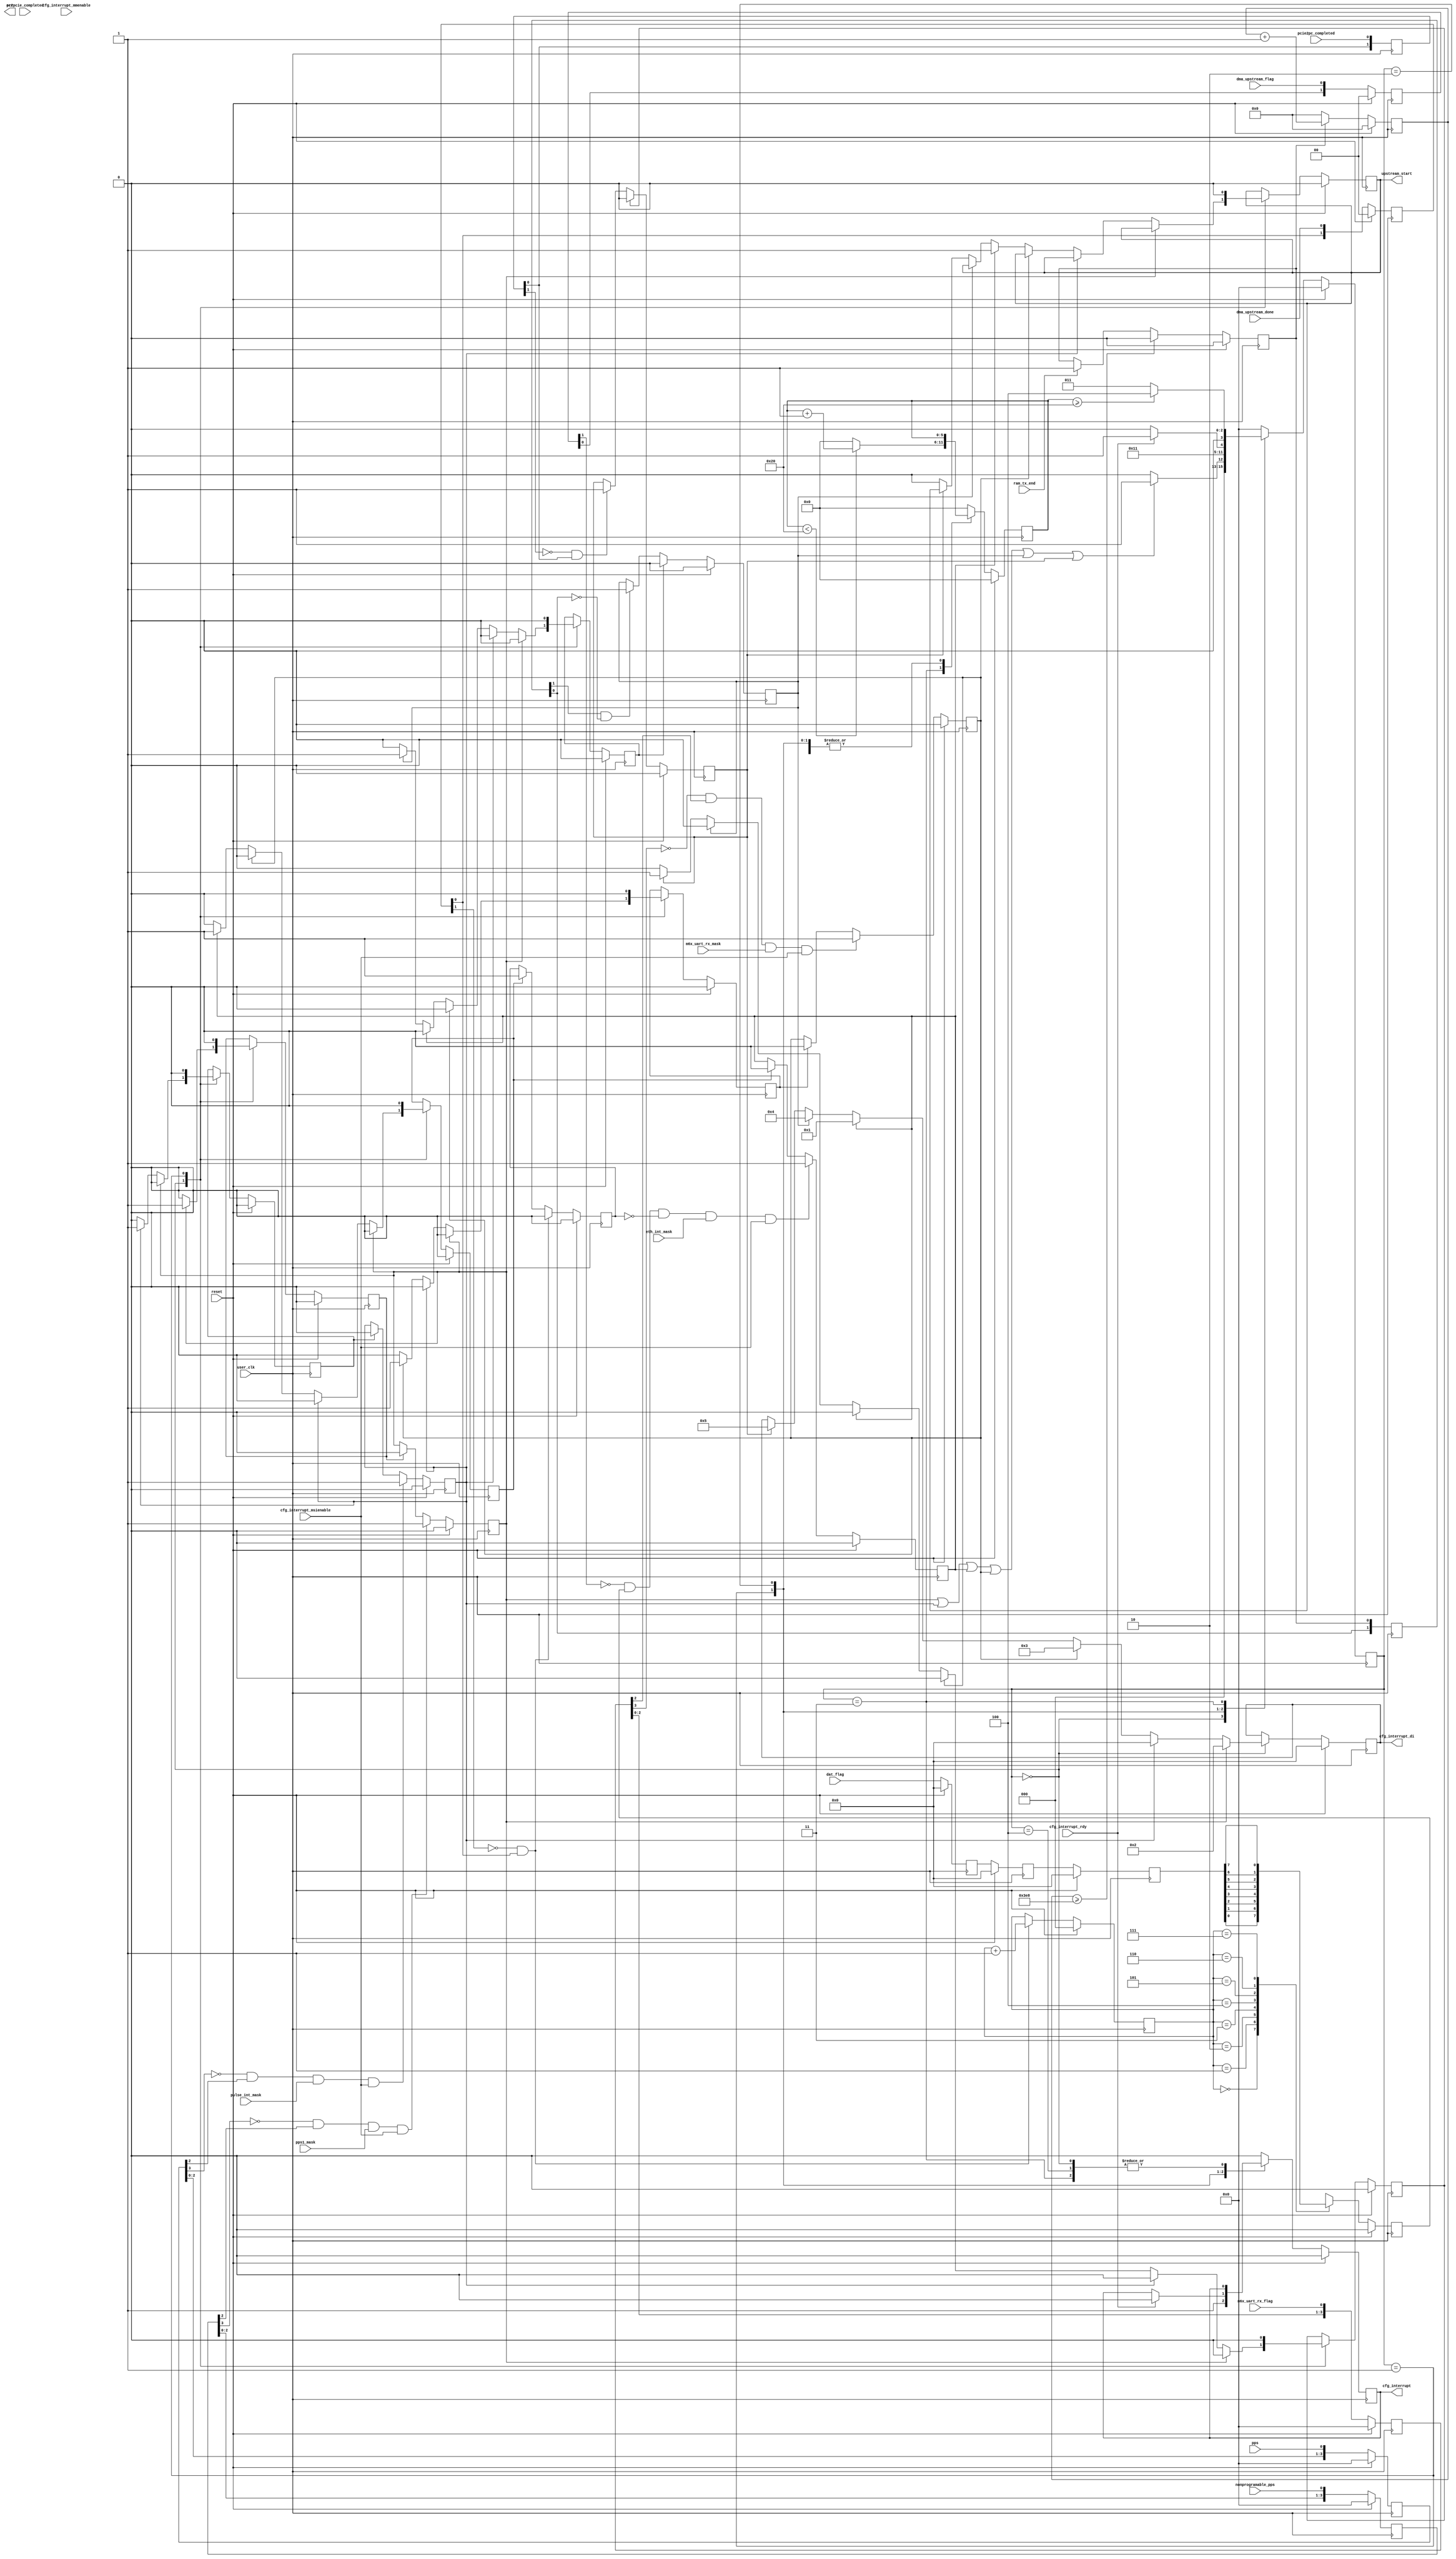
module msi_gen(
				input		    user_clk,
				input		    reset,

                input           pulse_int_mask,
                input           eth_int_mask,  
                input           pps1_mask,    
                input           m6x_uart_rx_mask,    

                input           nonprogramable_pps,    
                input           pps,
                input           m6x_uart_rx_flag,
                
				input [7:0]     dat_flag,
                input           dma_upstream_done,
                input           dma_upstream_flag,
                output reg      upstream_start,
                
                //
					 
                input				ram_tx_end,	/*DEBUG*/
					 
					 
                input           pc2pcie_completed,  //
                input           pcie2pc_completed,  //
                
                //int
                output reg      err,
                input [2:0]     cfg_interrupt_mmenable,
                input           cfg_interrupt_msienable,
                
                output reg      cfg_interrupt,
                input           cfg_interrupt_rdy,
                output reg[7:0] cfg_interrupt_di
				);
                
parameter   PPS_INT_VEC = 8'd0;     //INT 1           
parameter   ETH_DAT_VEC = 8'd1;     //INT 2 Not used for now
parameter   NONPROG_PPS = 8'd2;     //INT 3 nonprogrammable pps interrupt
parameter   M6X_UART_RX = 8'd3;     //INT 4 M6X uart configuration data ( upstream ) 

parameter   DAT2PCIE_END  = 8'd4;   //INT 5 mac downstream completed 
parameter   DAT2PC_END    = 8'd5;   //INT 6 mac upstream completed


reg [7:0]       dat_flag_r;
reg [7:0]       dat_flag_rr;
reg [7:0]       dat_flag_rrr;   

reg [1:0]       dmawr_done; 
reg [1:0]       dmawr_flag;       

reg [2:0]       ram_ptr;
reg             intr_meet;
reg             dat_rdy;
reg             intr_do; 

wire            int_rdy; 

reg [3:0]       pps_r;    

reg [7:0]       pps_vector;
reg [7:0]       dat_vector;

reg [7:0]       vector_num;


// always  @(posedge user_clk) begin
    // if( reset == 1'b1 )
        // vector_num      <= 8'd1;
    // else
        // vector_num      <= vector_num << cfg_interrupt_mmenable;
// end    
    
// always  @(posedge user_clk) begin
    // if( reset == 1'b1 ) begin
        // pps_vector      <= 8'd0;
        // dat_vector      <= 8'd1;
        // err             <= 1'b0;
    // end
    // else if( ( vector_num >= 8'd2 ) && ( cfg_interrupt_msienable == 1'b1 )) begin
        // pps_vector      <= 8'd0;
        // dat_vector      <= 8'd1;
        // err             <= 1'b0;
    // end
    // else begin
        // err             <= 1'b1;
    // end
// end
   

always  @(posedge user_clk) begin
    if( reset == 1'b1 ) begin
        dat_flag_r      <= 8'h0;
        dat_flag_rr     <= 8'h0;
        dat_flag_rrr    <= 8'h0;
    end    
    else begin
        dat_flag_r      <= dat_flag;
        dat_flag_rr     <= dat_flag_r;
        dat_flag_rrr    <= dat_flag_rr;
    end    
end

always  @(posedge user_clk) begin
    if( reset == 1'b1 ) 
        dmawr_done      <= 2'b0;
    else
        dmawr_done      <= {dmawr_done[0],dma_upstream_done};
end    

always  @(posedge user_clk) begin
    if( reset == 1'b1 ) 
        dmawr_flag      <= 2'b0;
    else
        dmawr_flag      <= {dmawr_flag[0],dma_upstream_flag};   //indicate that DMA upstream had been done
end

always  @(posedge user_clk) begin
    if( reset == 1'b1 )
        ram_ptr      <= 3'd0;
    else if( ~dmawr_done[1] & dmawr_done[0] )
        ram_ptr      <= ram_ptr + 1'b1;
    else
        ram_ptr      <= ram_ptr;
end

always  @(posedge user_clk) begin
    if( reset == 1'b1 )
        dat_rdy             <= 1'b0;
    else begin
        case( ram_ptr )
            3'd0 : dat_rdy  <= dat_flag_rrr[0];
            3'd1 : dat_rdy  <= dat_flag_rrr[1];
            3'd2 : dat_rdy  <= dat_flag_rrr[2];
            3'd3 : dat_rdy  <= dat_flag_rrr[3];
            3'd4 : dat_rdy  <= dat_flag_rrr[4];
            3'd5 : dat_rdy  <= dat_flag_rrr[5];
            3'd6 : dat_rdy  <= dat_flag_rrr[6];
            3'd7 : dat_rdy  <= dat_flag_rrr[7];
            default : dat_rdy  <= dat_flag_rrr[0];
        endcase
    end
end    

always  @(posedge user_clk) begin
    if( reset == 1'b1 )
        intr_do         <= 1'b0;
    else if( ~dmawr_done[1] & dmawr_done[0] )
        intr_do         <= 1'b0;
    else if( dat_intr_clr == 1'b1 )
        intr_do         <= 1'b1;
    else
        intr_do         <= intr_do;
end    

always  @(posedge user_clk) begin
    if( reset == 1'b1 )
        intr_meet   <= 1'b0;
    else if( ~dmawr_flag[1] & dat_rdy & ~intr_do & eth_int_mask & cfg_interrupt_msienable )
        intr_meet   <= 1'b1;
    else if( dat_intr_clr == 1'b1 )
        intr_meet   <= 1'b0;
    else
        intr_meet   <= intr_meet;
end  

//programmable pps 
always  @(posedge user_clk) begin
    if( reset == 1'b1 )
        pps_r       <= 4'b0;
    else
        pps_r       <= { pps_r[2:0],pps};
end

reg     pps_intr;

always  @(posedge user_clk) begin
    if( reset == 1'b1 )
        pps_intr    <= 1'b0;
    else if( ~pps_r[3] & pps_r[2] & pulse_int_mask & cfg_interrupt_msienable )
        pps_intr    <= 1'b1;
    else if( pps_intr_clr == 1'b1 )
        pps_intr    <= 1'b0;
    else
        pps_intr    <= pps_intr;
end      

//nonprogramable pps
reg [3:0]   nonprogramable_pps_r;
reg         pps1_intr;
reg         pps1_intr_clr;

always  @(posedge user_clk) begin
    if( reset == 1'b1 )
        nonprogramable_pps_r       <= 4'b0;
    else
        nonprogramable_pps_r       <= { nonprogramable_pps_r[2:0],nonprogramable_pps};
end

always  @(posedge user_clk) begin
    if( reset == 1'b1 )
        pps1_intr    <= 1'b0;
    else if(    ~nonprogramable_pps_r[3] & nonprogramable_pps_r[2] & 
                pps1_mask & cfg_interrupt_msienable )
        pps1_intr    <= 1'b1;
    else if( pps1_intr_clr == 1'b1 )
        pps1_intr    <= 1'b0;
    else
        pps1_intr    <= pps1_intr;
end 

reg [3:0]   m6x_uart_rx_flag_r;
reg         m6x_uart_rx_intr;
reg         m6x_uart_rx_intr_clr;
  
always  @(posedge user_clk) begin
    if( reset == 1'b1 )
        m6x_uart_rx_flag_r       <= 4'b0;
    else
        m6x_uart_rx_flag_r       <= { m6x_uart_rx_flag_r[2:0],m6x_uart_rx_flag};
end

always  @(posedge user_clk) begin
    if( reset == 1'b1 )
        m6x_uart_rx_intr    <= 1'b0;
    else if(    ~m6x_uart_rx_flag_r[3] & m6x_uart_rx_flag_r[2] & 
                m6x_uart_rx_mask & cfg_interrupt_msienable )
        m6x_uart_rx_intr    <= 1'b1;
    else if( m6x_uart_rx_intr_clr == 1'b1 )
        m6x_uart_rx_intr    <= 1'b0;
    else
        m6x_uart_rx_intr    <= m6x_uart_rx_intr;
end 
  
//assign  int_rdy = ( int_cs == INT_IDLE ) ? 1'b1 : 1'b0;

//2018 0610
reg [1:0]       pc2pcie_completed_r;
reg             pc2pcie_msi_clr;
reg             pc2pcie_intr;

reg [1:0]       pcie2pc_completed_r;
reg             pcie2pc_msi_clr;
reg             pcie2pc_intr;


//debug
reg         debug_dly_en;
reg [9:0]   dly_cnt;

always  @(posedge user_clk) begin
    if( reset == 1'b1 )
		debug_dly_en        <= 1'b0;
    else if( dly_cnt >= 10'd1000 )
        debug_dly_en        <= 1'b0;
    else if( ram_tx_end == 1'b1 ) 
        debug_dly_en        <= 1'b1;
    else
        debug_dly_en        <= debug_dly_en;
end

always  @(posedge user_clk) begin
    if( reset == 1'b1 )
        dly_cnt     <= 10'd0;
    else if( debug_dly_en == 1'b1 )
        dly_cnt     <= dly_cnt + 1'b1;
    else
        dly_cnt     <= 10'd0;
end    

always  @(posedge user_clk) begin
        pc2pcie_completed_r     <= {pc2pcie_completed_r[0] , debug_dly_en };//;pc2pcie_completed};
end

always  @(posedge user_clk) begin
        pcie2pc_completed_r     <= {pcie2pc_completed_r[0] , pcie2pc_completed};
end

always  @(posedge user_clk) begin
    if( reset == 1'b1 )
        pc2pcie_intr    <= 1'b0;
    else if( pc2pcie_msi_clr == 1'b1 )
        pc2pcie_intr    <= 1'b0;
    else if( pc2pcie_completed_r[1] & ~pc2pcie_completed_r[0] )    
    //else if( ~pc2pcie_completed_r[1] & pc2pcie_completed_r[0] )
        pc2pcie_intr    <= 1'b1;
    else
        pc2pcie_intr    <= pc2pcie_intr;
end

always  @(posedge user_clk) begin
    if( reset == 1'b1 )
        pcie2pc_intr    <= 1'b0;
    else if( pcie2pc_msi_clr == 1'b1 )
        pcie2pc_intr    <= 1'b0;
    else if( ~pcie2pc_completed_r[1] & pcie2pc_completed_r[0] )
        pcie2pc_intr    <= 1'b1;
    else
        pcie2pc_intr    <= pcie2pc_intr;
end

//assign  cfg_interrupt_di = 8'h0;
wire        intr_send_en ;

assign      intr_send_en = pps1_intr | pps_intr | intr_meet | m6x_uart_rx_intr | pc2pcie_intr | pcie2pc_intr;    

    
parameter   INT_IDLE    =   4'd0,
            INT_GEN     =   4'd1,
            INT_GRANT   =   4'd2,
            INT_DLY     =   4'd3,
            INT_DONE    =   4'd4;

reg [3:0]   int_cs;  

reg         dat_intr_clr; 
reg         pps_intr_clr;   

reg [5:0]   intdly_cnt;     
            
always  @(posedge user_clk) begin
    if( reset == 1'b1 ) begin
        cfg_interrupt           <= 1'b0;
        cfg_interrupt_di        <= 8'd0;
        
        dat_intr_clr            <= 1'b0;
        pps_intr_clr            <= 1'b0;
        pps1_intr_clr           <= 1'b0;
        m6x_uart_rx_intr_clr    <= 1'b0;
        
        pc2pcie_msi_clr         <= 1'b0;
        pcie2pc_msi_clr         <= 1'b0;
        
        upstream_start          <= 1'b0;
        
        intdly_cnt              <= 6'd0;
        
        int_cs                  <= INT_IDLE;
    end
    else begin
        case( int_cs )
            INT_IDLE : begin
                if( pps1_intr == 1'b1 ) begin
                    pps1_intr_clr           <= 1'b1;
                    dat_intr_clr            <= 1'b0;
                    pps_intr_clr            <= 1'b0;
                    m6x_uart_rx_intr_clr    <= 1'b0;
                    pc2pcie_msi_clr         <= 1'b0;
                    pcie2pc_msi_clr         <= 1'b0;
                    
                    cfg_interrupt_di        <= NONPROG_PPS;
                end
                else if( pps_intr == 1'b1 ) begin
                    pps_intr_clr            <= 1'b1;
                    dat_intr_clr            <= 1'b0;
                    pps1_intr_clr           <= 1'b0;
                    m6x_uart_rx_intr_clr    <= 1'b0;
                    pc2pcie_msi_clr         <= 1'b0;
                    pcie2pc_msi_clr         <= 1'b0;
                    
                    cfg_interrupt_di        <= PPS_INT_VEC;//pps_vector;
                end
                else if( m6x_uart_rx_intr == 1'b1 ) begin
                    m6x_uart_rx_intr_clr    <= 1'b1;
                    dat_intr_clr            <= 1'b0;
                    pps_intr_clr            <= 1'b0;
                    pps1_intr_clr           <= 1'b0;
                    pc2pcie_msi_clr         <= 1'b0;
                    pcie2pc_msi_clr         <= 1'b0;
                    
                    cfg_interrupt_di        <= M6X_UART_RX;//m6x_uart_rx_vector;
                end       
                else if( intr_meet == 1'b1 ) begin
                    dat_intr_clr            <= 1'b1;
                    pps_intr_clr            <= 1'b0;
                    pps1_intr_clr           <= 1'b0;
                    m6x_uart_rx_intr_clr    <= 1'b0;
                    pc2pcie_msi_clr         <= 1'b0;
                    pcie2pc_msi_clr         <= 1'b0;
                    
                    upstream_start          <= 1'b1;
                    
                    cfg_interrupt_di        <= ETH_DAT_VEC; //When mac data received from M6X
                end                 
                else if( pc2pcie_intr == 1'b1 ) begin
                    pc2pcie_msi_clr         <= 1'b1;
                    dat_intr_clr            <= 1'b0;
                    pps_intr_clr            <= 1'b0;
                    pps1_intr_clr           <= 1'b0;
                    m6x_uart_rx_intr_clr    <= 1'b0;
                    pcie2pc_msi_clr         <= 1'b0;
                    cfg_interrupt_di        <=  DAT2PCIE_END;   //Downstream completed
                end  
                else if( pcie2pc_intr == 1'b1 ) begin
                    pcie2pc_msi_clr         <= 1'b1;
                    dat_intr_clr            <= 1'b0;
                    pps_intr_clr            <= 1'b0;
                    pps1_intr_clr           <= 1'b0;
                    m6x_uart_rx_intr_clr    <= 1'b0;
                    pc2pcie_msi_clr         <= 1'b0;
                    cfg_interrupt_di        <=  DAT2PC_END; // upsteam completed
                end                
                else begin
                    upstream_start          <= 1'b0;
                    dat_intr_clr            <= 1'b0;
                    pps_intr_clr            <= 1'b0;
                    pps1_intr_clr           <= 1'b0;
                    m6x_uart_rx_intr_clr    <= 1'b0;
                    pc2pcie_msi_clr         <= 1'b0;
                    pcie2pc_msi_clr         <= 1'b0;
                    
                    cfg_interrupt_di        <= cfg_interrupt_di;
                end  

                intdly_cnt              <= 6'd0;
                
                if( intr_send_en == 1'b1 )
                    int_cs              <= INT_GEN;
                else
                    int_cs              <= INT_IDLE;
            end
            INT_GEN : begin
                upstream_start          <= 1'b0;
                cfg_interrupt           <= 1'b1;
                
                dat_intr_clr            <= 1'b0;
                pps_intr_clr            <= 1'b0;
                pps1_intr_clr           <= 1'b0;
                m6x_uart_rx_intr_clr    <= 1'b0;
                pc2pcie_msi_clr         <= 1'b0;
                pcie2pc_msi_clr         <= 1'b0;                
                
                int_cs                  <= INT_GRANT;
            end
            INT_GRANT : begin
                if( cfg_interrupt_rdy == 1'b1 ) begin
                    cfg_interrupt       <= 1'b0;
                    int_cs              <= INT_DLY;//INT_DONE;
                end
                else begin
                    cfg_interrupt       <= cfg_interrupt;
                    int_cs              <= INT_GRANT;
                end    
            end
            INT_DLY : begin
                if( intdly_cnt < 6'd32 )
                    intdly_cnt          <= intdly_cnt + 1'b1;
                else
                    intdly_cnt          <= 6'd0;
                    
                if( intdly_cnt >= 6'd32 )  
                    int_cs              <= INT_DONE;
                else
                    int_cs              <= INT_DLY; 
            end
            
            INT_DONE : begin
                int_cs                  <= INT_IDLE;
            end
            default : begin
                cfg_interrupt           <= 1'b0;
                intdly_cnt              <= 6'd0;
                int_cs                  <= INT_IDLE;            
            end
        endcase
    end
end    


endmodule